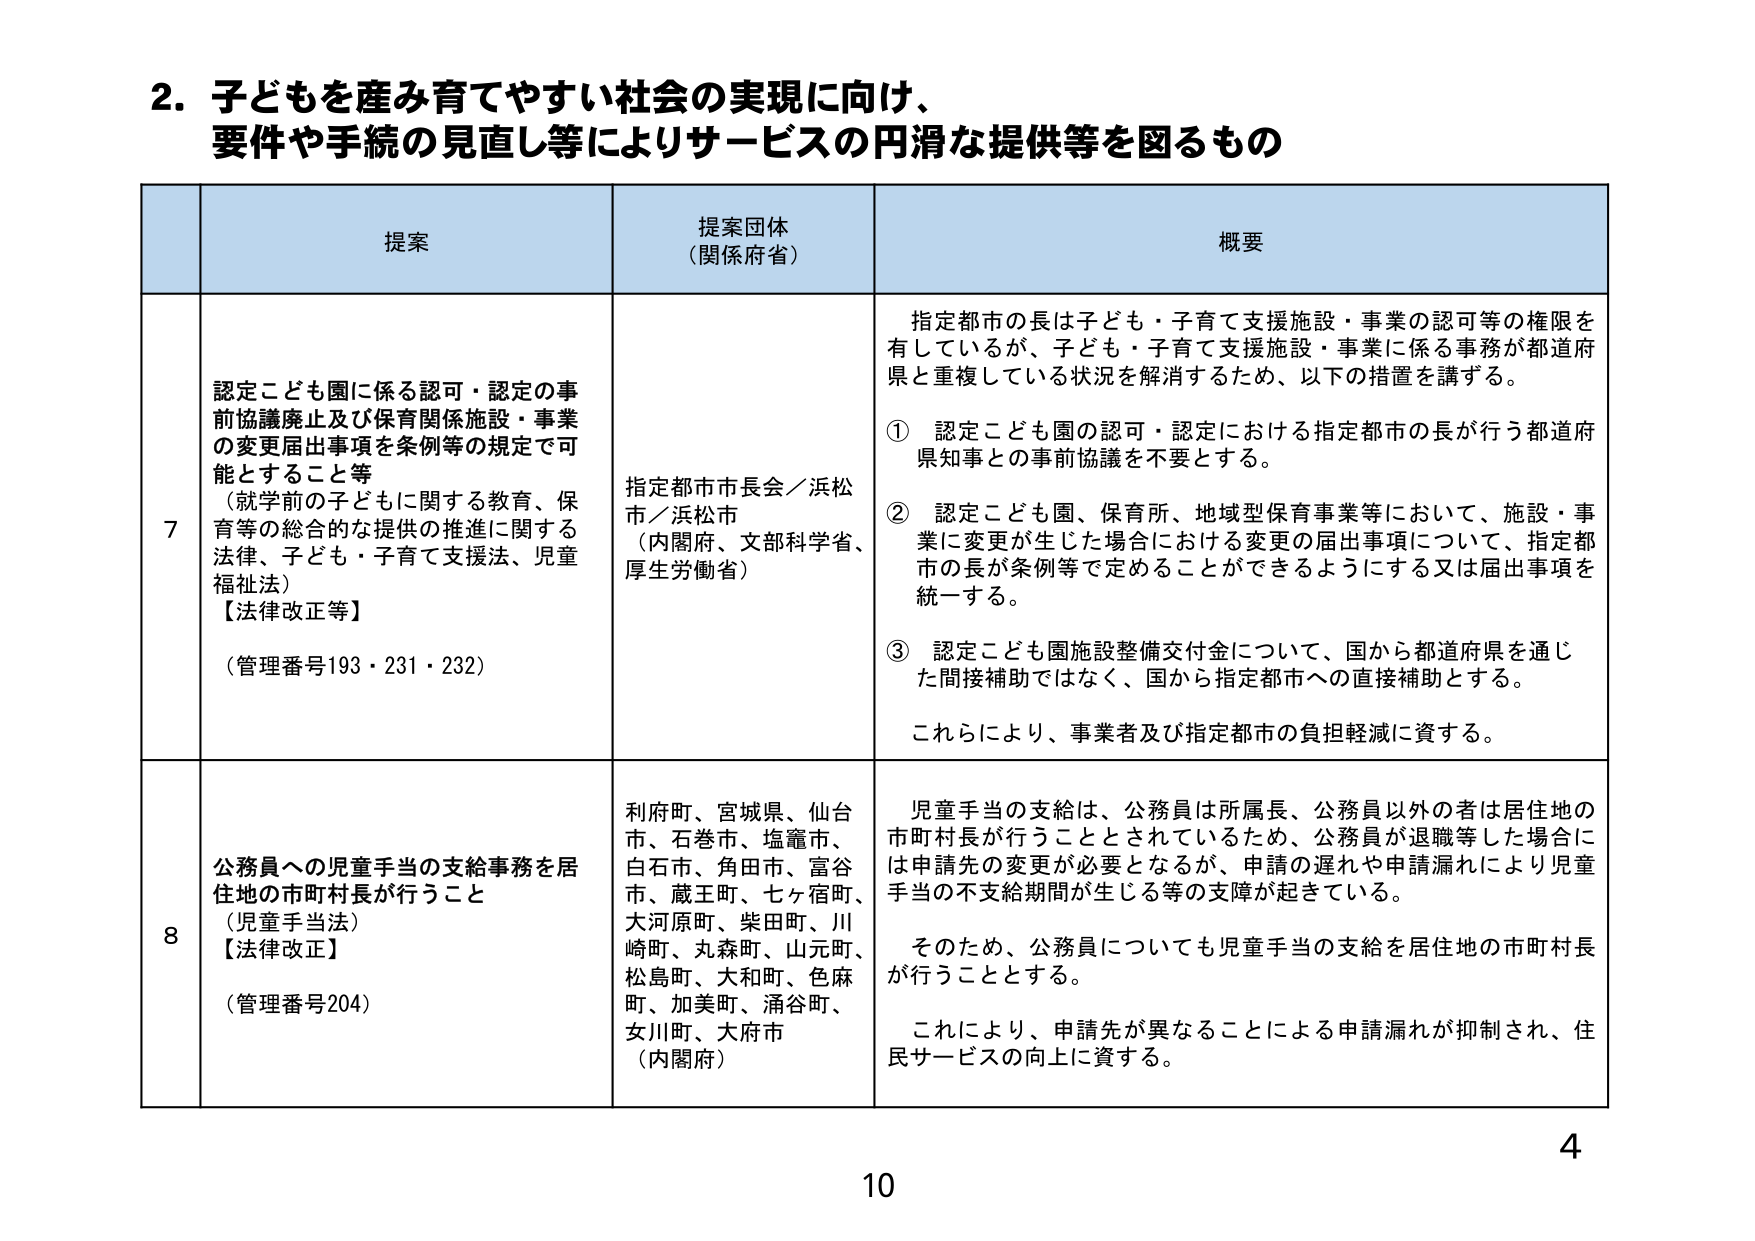
2. 子どもを産み育てやすい社会の実現に向け、
要件や手続の見直し等によりサービスの円滑な提供等を図るもの

| | 提案 | 提案団体（関係府省） | 概要 |
|---|---|---|---|
| 7 | 認定こども園に係る認可・認定の事前協議廃止及び保育関係施設・事業の変更届出事項を条例等の規定で可能とすること等<br>（就学前の子どもに関する教育、保育等の総合的な提供の推進に関する法律、子ども・子育て支援法、児童福祉法）<br>【法律改正等】<br>（管理番号193・231・232） | 指定都市市長会／浜松市／浜松市<br>（内閣府、文部科学省、厚生労働省） | 指定都市の長は子ども・子育て支援施設・事業の認可等の権限を有しているが、子ども・子育て支援施設・事業に係る事務が都道府県と重複している状況を解消するため、以下の措置を講ずる。<br>① 認定こども園の認可・認定における指定都市の長が行う都道府県知事との事前協議を不要とする。<br>② 認定こども園、保育所、地域型保育事業等において、施設・事業に変更が生じた場合における変更の届出事項について、指定都市の長が条例等で定めることができるようにする又は届出事項を統一する。<br>③ 認定こども園施設整備交付金について、国から都道府県を通じた間接補助ではなく、国から指定都市への直接補助とする。<br>これらにより、事業者及び指定都市の負担軽減に資する。 |
| 8 | 公務員への児童手当の支給事務を居住地の市町村長が行うこと<br>（児童手当法）<br>【法律改正】<br>（管理番号204） | 利府町、宮城県、仙台市、石巻市、塩竈市、白石市、角田市、富谷市、蔵王町、七ヶ宿町、大河原町、柴田市、川崎町、丸森町、山元町、松島町、大和町、色麻町、加美町、涌谷町、女川町、大府市<br>（内閣府） | 児童手当の支給は、公務員は所属長、公務員以外の者は居住地の市町村長が行うこととされているため、公務員が退職等した場合には申請先の変更が必要となるが、申請の遅れや申請漏れにより児童手当の不支給期間が生じる等の支障が起きている。<br>そのため、公務員についても児童手当の支給を居住地の市町村長が行うこととする。<br>これにより、申請先が異なることによる申請漏れが抑制され、住民サービスの向上に資する。 |

4
10